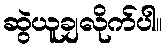
ဆွဲယူချလိုက်ပါ။